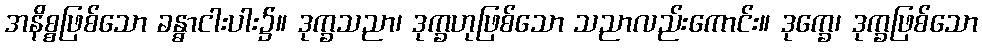
အနိစ္စဖြစ်သော ခန္ဓာငါးပါး၌။ ဒုက္ခသညာ၊ ဒုက္ခဟုဖြစ်သော သညာလည်းကောင်း။ ဒုက္ခေ၊ ဒုက္ခဖြစ်သော